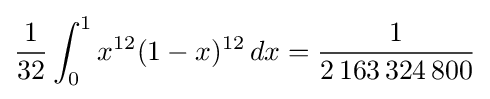
{\frac {1}{32}}\int _{0}^{1}x^{12}(1-x)^{12}\,dx={\frac {1}{2\,163\,324\,800}}